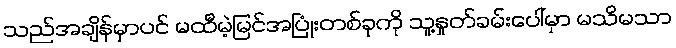
သည်အချိန်မှာပင် မထီမဲ့မြင်အပြုံးတစ်ခုကို သူ့နှုတ်ခမ်းပေါ်မှာ မသိမသာ